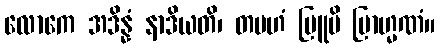
လောကေ အဒိန္နံ နာဒိယတိ၊ တမဟံ ဗြူမိ ဗြာဟ္မဏံ။